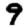
Digit: 9